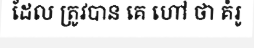
ដែល ត្រូវបាន គេ ហៅ ថា គំរូ